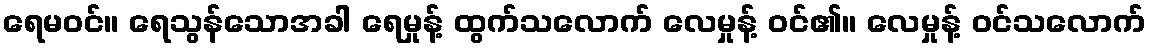
ရေမဝင်။ ရေသွန်သောအခါ ရေမှုန့် ထွက်သလောက် လေမှုန့် ဝင်၏။ လေမှုန့် ဝင်သလောက်